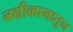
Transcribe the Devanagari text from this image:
नक्षीकामातून